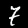
Label: 7